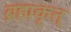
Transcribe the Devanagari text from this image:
ब्रह्मकृत्